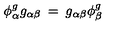
\phi _ { \alpha } ^ { g } g _ { \alpha \beta } \: = \: g _ { \alpha \beta } \phi _ { \beta } ^ { g }